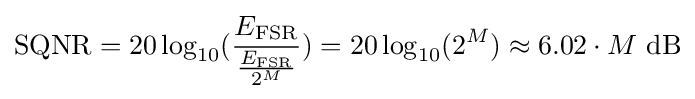
\mathrm {SQNR} =20\log _{10}({\dfrac {E_{\mathrm {FSR} }}{\tfrac {E_{\mathrm {FSR} }}{2^{M}}}})=20\log _{10}(2^{M})\approx 6.02\cdot M\ \mathrm {dB} \,\!